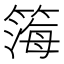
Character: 𬕧